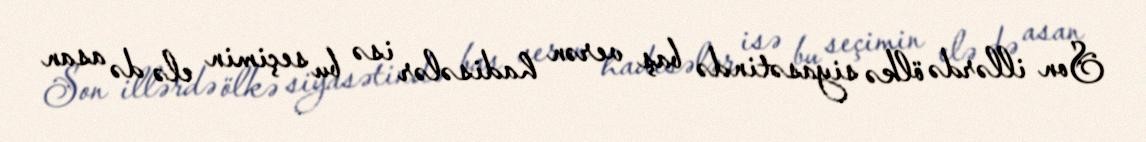
Son illərdə ölkə siyasətində baş verən hadisələr isə bu seçimin elə də asan